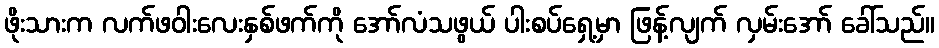
ဖိုးသားက လက်ဖဝါးလေးနှစ်ဖက်ကို အော်လံသဖွယ် ပါးစပ်ရှေ့မှာ ဖြန့်လျက် လှမ်းအော် ခေါ်သည်။